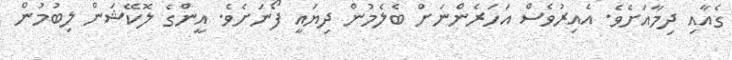
ގެއާއި ދިމާއަށެވެ. އެއިރުވެސް އަހަރެންނަށް ބެލެމުން ދިޔައީ ފޯނަށެވެ. އީންގެ ލޮކޭޝަން ލިބުމުން